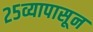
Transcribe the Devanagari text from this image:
२५व्यापासून